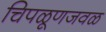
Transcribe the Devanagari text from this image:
चिपळूणजवळ